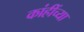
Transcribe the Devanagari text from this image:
कांहींच्या